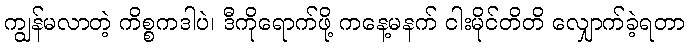
ကျွန်မလာတဲ့ ကိစ္စကဒါပဲ၊ ဒီကိုရောက်ဖို့ ကနေ့မနက် ငါးမိုင်တိတိ လျှောက်ခဲ့ရတာ